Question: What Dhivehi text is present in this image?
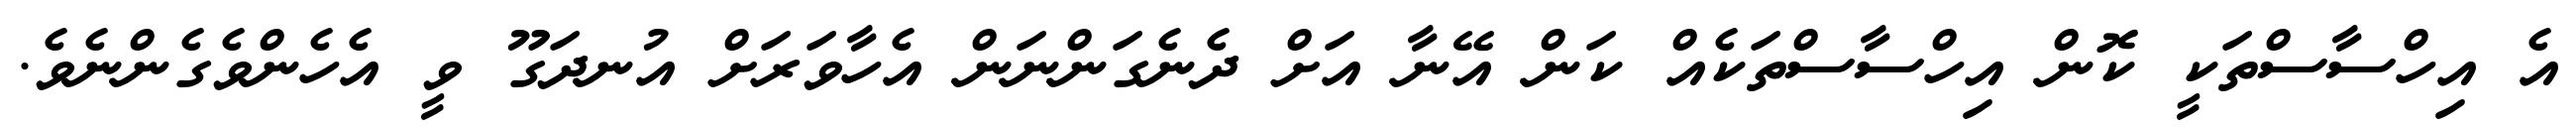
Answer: އެ އިހްސާސްތަކީ ކޮން އިހްސާސްތަކެއް ކަން އޭނާ އަށް ދެނެގަންނަން އެހާވަރަށް އުނދަގޫ ވީ އެހެންވެގެންނެވެ.